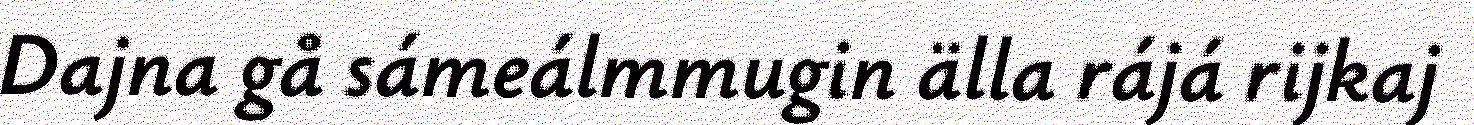
Dajna gå sámeálmmugin älla rájá rijkaj